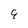
Character: 9